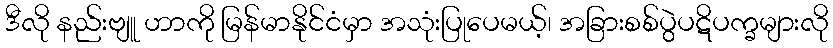
ဒီလို နည်းဗျူ ဟာကို မြန်မာနိုင်ငံမှာ အသုံးပြုပေမယ့်၊ အခြားစစ်ပွဲပဋိပက္ခများလို